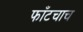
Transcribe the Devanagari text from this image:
फाँटचाच